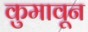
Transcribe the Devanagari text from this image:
कुमावून